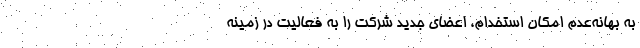
به بهانه‌عدم امکان استخدام، اعضای جدید شرکت را به فعالیت در زمینه